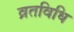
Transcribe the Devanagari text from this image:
व्रतविधि